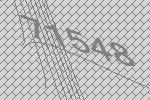
71548